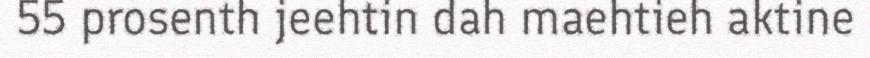
55 prosenth jeehtin dah maehtieh aktine